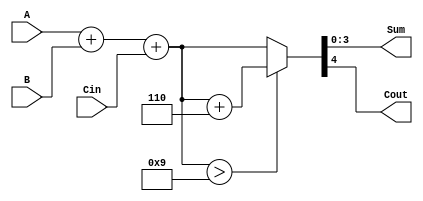
module BCD_Ripple_Carry_Adder (
    input [3:0] A,      // First BCD digit
    input [3:0] B,      // Second BCD digit
    input Cin,          // Carry-in
    output [3:0] Sum,   // BCD Sum Output
    output Cout         // Carry-out
);

    wire [4:0] temp_sum; // To hold the 5-bit sum (A + B + Cin)
    wire [4:0] corrected_sum; // To hold the corrected 5-bit sum
    wire correction; // Flag to indicate if correction is needed

    // Full adder logic for BCD addition
    assign temp_sum = A + B + Cin;

    // Check if correction is needed (if temp_sum > 9)
    assign correction = (temp_sum > 9);

    // BCD Correction Logic
    assign corrected_sum = correction ? (temp_sum + 5'd6) : temp_sum;

    // Assigning the final outputs
    assign Sum = corrected_sum[3:0]; // BCD result (4 bits)
    assign Cout = corrected_sum[4];   // Carry-out (1 bit)

endmodule